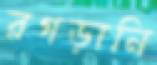
রগড়ানি